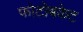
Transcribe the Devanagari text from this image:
फोटोबकेट